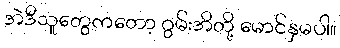
အဲဒီသူတွေကတော့ ဂွမ်းအိတို့ မောင်နှမပါ။